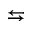
\leftrightarrows